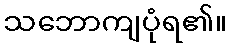
သဘောကျပုံရ၏။